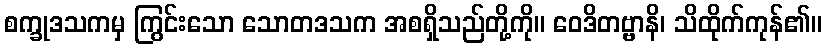
စက္ခုဒသကမှ ကြွင်းသော သောတဒသက အစရှိသည်တို့ကို။ ဝေဒိတဗ္ဗာနိ၊ သိထိုက်ကုန်၏။